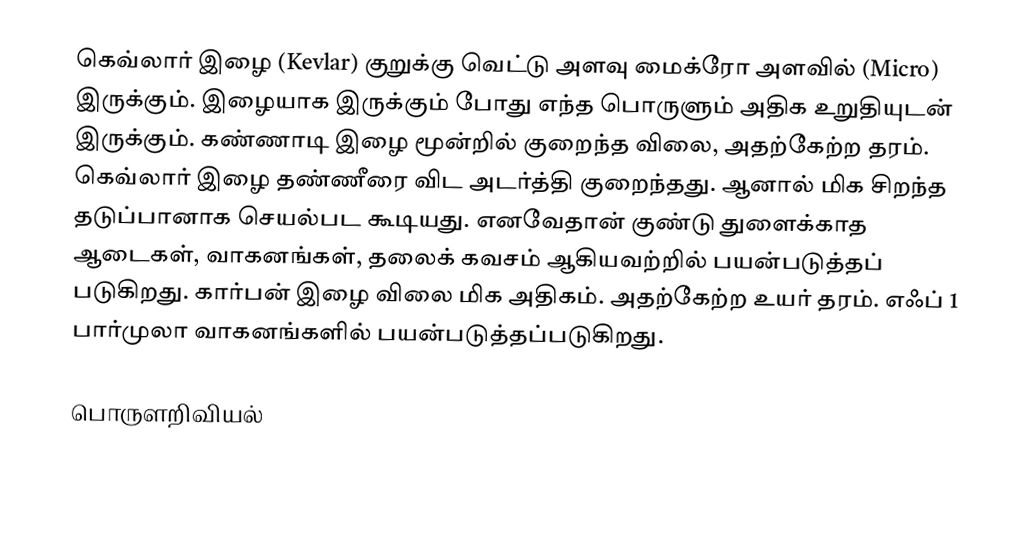
கெவ்லார் இழை (Kevlar) குறுக்கு வெட்டு அளவு மைக்ரோ அளவில் (Micro) இருக்கும். இழையாக இருக்கும் போது எந்த பொருளும் அதிக உறுதியுடன் இருக்கும். கண்ணாடி இழை மூன்றில் குறைந்த விலை, அதற்கேற்ற தரம். கெவ்லார் இழை தண்ணீரை விட அடர்த்தி குறைந்தது. ஆனால் மிக சிறந்த தடுப்பானாக செயல்பட கூடியது. எனவேதான் குண்டு துளைக்காத ஆடைகள், வாகனங்கள், தலைக் கவசம் ஆகியவற்றில் பயன்படுத்தப் படுகிறது. கார்பன் இழை விலை மிக அதிகம். அதற்கேற்ற உயர் தரம். எஃப் 1 பார்முலா வாகனங்களில் பயன்படுத்தப்படுகிறது.

பொருளறிவியல்